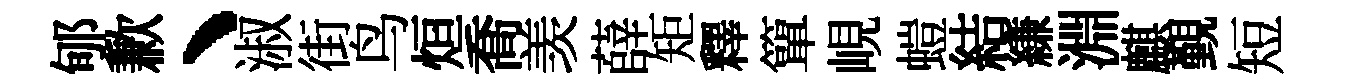
郇歉、淑街鸟烜喬羡薛矩釋簞峴螘結縑淵麒覲短